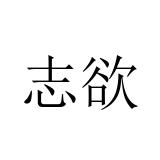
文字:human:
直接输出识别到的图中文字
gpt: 志欲